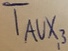
Text: TAUX,3